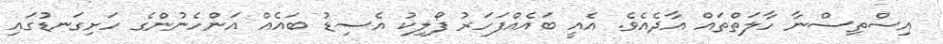
އިސްތިސްނާ ހާލަތްތައް އާދެއެވެ. އެއީ ބައެއްފަހަރު ފޯލިކު އެސިޑު ބައެއް އަންހެނުންގެ ހަށިގަނޑުގައި